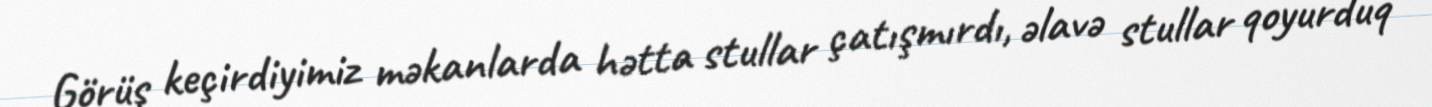
Görüş keçirdiyimiz məkanlarda hətta stullar çatışmırdı, əlavə stullar qoyurduq